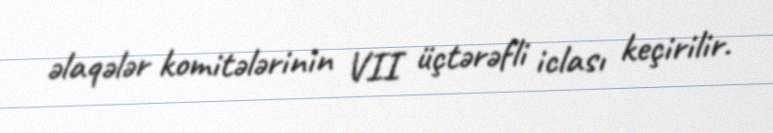
əlaqələr komitələrinin VII üçtərəfli iclası keçirilir.